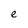
Character: e